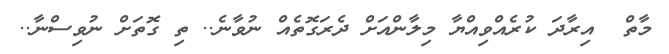
މާތް  އިރާދަ ކުރެއްވިއްޔާ މިލާންއަށް ދެރަގޮތެއް ނުވާނެ.. ތި ގޮތަށް ނުވިސްނާ..